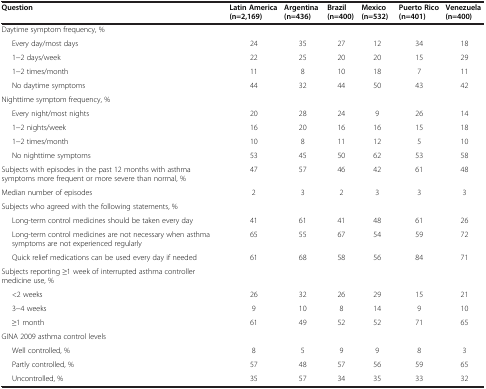
<table><thead><tr><td><b>Question</b></td><td><b>Latin America (n=2,169)</b></td><td><b>Argentina (n=436)</b></td><td><b>Brazil (n=400)</b></td><td><b>Mexico (n=532)</b></td><td><b>Puerto Rico (n=401)</b></td><td><b>Venezuela (n=400)</b></td></tr></thead><tbody><tr><td>Daytime symptom frequency, %</td><td> </td><td> </td><td> </td><td> </td><td> </td><td> </td></tr><tr><td>Every day/most days</td><td>24</td><td>35</td><td>27</td><td>12</td><td>34</td><td>18</td></tr><tr><td>1-2 days/week</td><td>22</td><td>25</td><td>20</td><td>20</td><td>15</td><td>29</td></tr><tr><td>1-2 times/month</td><td>11</td><td>8</td><td>10</td><td>18</td><td>7</td><td>11</td></tr><tr><td>No daytime symptoms</td><td>44</td><td>32</td><td>44</td><td>50</td><td>43</td><td>42</td></tr><tr><td>Nighttime symptom frequency, %</td><td> </td><td> </td><td> </td><td> </td><td> </td><td> </td></tr><tr><td>Every night/most nights</td><td>20</td><td>28</td><td>24</td><td>9</td><td>26</td><td>14</td></tr><tr><td>1-2 nights/week</td><td>16</td><td>20</td><td>16</td><td>16</td><td>15</td><td>18</td></tr><tr><td>1-2 times/month</td><td>10</td><td>8</td><td>11</td><td>12</td><td>5</td><td>10</td></tr><tr><td>No nighttime symptoms</td><td>53</td><td>45</td><td>50</td><td>62</td><td>53</td><td>58</td></tr><tr><td>Subjects with episodes in the past 12 months with asthma symptoms more frequent or more severe than normal, %</td><td>47</td><td>57</td><td>46</td><td>42</td><td>61</td><td>48</td></tr><tr><td>Median number of episodes</td><td>2</td><td>3</td><td>2</td><td>3</td><td>3</td><td>3</td></tr><tr><td>Subjects who agreed with the following statements, %</td><td> </td><td> </td><td> </td><td> </td><td> </td><td> </td></tr><tr><td>Long-term control medicines should be taken every day</td><td>41</td><td>61</td><td>41</td><td>48</td><td>61</td><td>26</td></tr><tr><td>Long-term control medicines are not necessary when asthma symptoms are not experienced regularly</td><td>65</td><td>55</td><td>67</td><td>54</td><td>59</td><td>72</td></tr><tr><td>Quick relief medications can be used every day if needed</td><td>61</td><td>68</td><td>58</td><td>56</td><td>84</td><td>71</td></tr><tr><td>Subjects reporting ≥1 week of interrupted asthma controller medicine use, %</td><td> </td><td> </td><td> </td><td> </td><td> </td><td> </td></tr><tr><td>&lt;2 weeks</td><td>26</td><td>32</td><td>26</td><td>29</td><td>15</td><td>21</td></tr><tr><td>3-4 weeks</td><td>9</td><td>10</td><td>8</td><td>14</td><td>9</td><td>10</td></tr><tr><td>≥1 month</td><td>61</td><td>49</td><td>52</td><td>52</td><td>71</td><td>65</td></tr><tr><td>GINA 2009 asthma control levels</td><td> </td><td> </td><td> </td><td> </td><td> </td><td> </td></tr><tr><td>Well controlled, %</td><td>8</td><td>5</td><td>9</td><td>9</td><td>8</td><td>3</td></tr><tr><td>Partly controlled, %</td><td>57</td><td>48</td><td>57</td><td>56</td><td>59</td><td>65</td></tr><tr><td>Uncontrolled, %</td><td>35</td><td>57</td><td>34</td><td>35</td><td>33</td><td>32</td></tr></tbody></table>